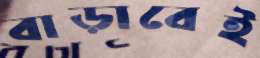
বাড়াবেই